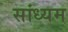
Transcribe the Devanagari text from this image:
सांध्यम